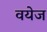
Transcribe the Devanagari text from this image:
वयेज